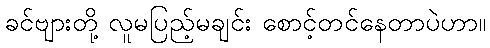
ခင်ဗျားတို့ လူမပြည့်မချင်း စောင့်တင်နေတာပဲဟာ။